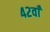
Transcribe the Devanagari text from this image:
४२वाँ